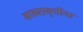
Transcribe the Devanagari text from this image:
काव्यप्रवृत्तींना